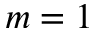
m = 1